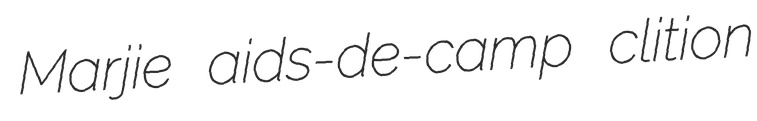
Marjie aids-de-camp clition